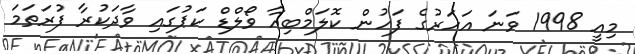
މިއީ 1998 ވަނަ އަހަރުގެ ފަހުން ކޮލަމްބިއާ ވޯލްޑް ކަޕުގައި ވާދަކުރާ ފުރަތަމަ